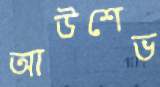
আউশেভ